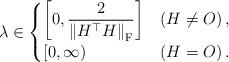
LaTeX: \begin{align*}\lambda \in\begin{cases}\displaystyle{\left[0, \frac{2}{\left\|H^\top H \right\|_{\mathrm{F}}} \right]} &\left(H \neq O \right),\\\displaystyle{\left[0, \infty \right)} &\left(H = O \right).\end{cases}\end{align*}